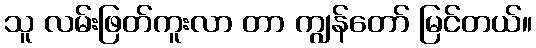
သူ လမ်းဖြတ်ကူးလာ တာ ကျွန်တော် မြင်တယ်။